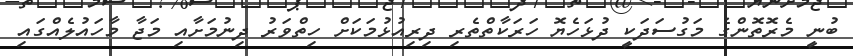
ބުނީ މެރޮތޮންގެ މަގުސަދަކީ ދުޅަހެޔޮ ހަރަކާތްތެރި ދިރިއުޅުމަކަށް ހިތްވަރު ދިނުމަށާއި މަޖާ މާހައުލެއްގައި